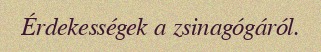
Érdekességek a zsinagógáról.